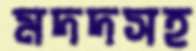
মদদসহ